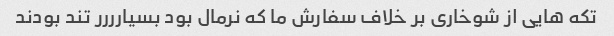
تکه هایی از شوخاری بر خلاف سفارش ما که نرمال بود بسیارررر تند بودند